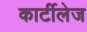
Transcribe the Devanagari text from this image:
कार्टीलेज